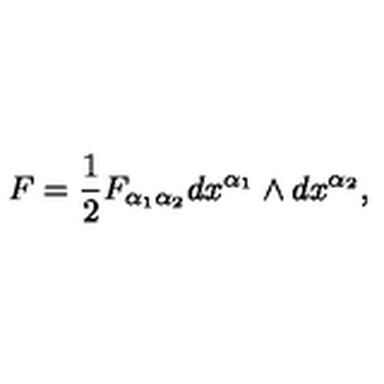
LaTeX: F = \frac { 1 } { 2 } F _ { \alpha _ { 1 } \alpha _ { 2 } } d x ^ { \alpha _ { 1 } } \wedge d x ^ { \alpha _ { 2 } } ,